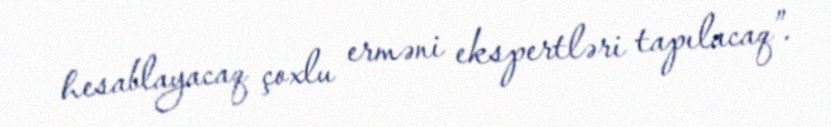
hesablayacaq çoxlu erməni ekspertləri tapılacaq”.